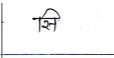
मजकूर: सि